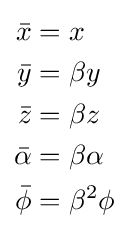
{\begin{aligned}{\bar {x}}&=x\\{\bar {y}}&=\beta y\\{\bar {z}}&=\beta z\\{\bar {\alpha }}&=\beta \alpha \\{\bar {\phi }}&=\beta ^{2}\phi \end{aligned}}